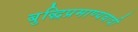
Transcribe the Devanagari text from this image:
बुद्धिप्रमाण्यवादी